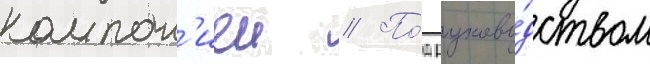
компан'иеи // По́д руково́дством